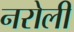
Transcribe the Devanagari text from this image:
नरोली